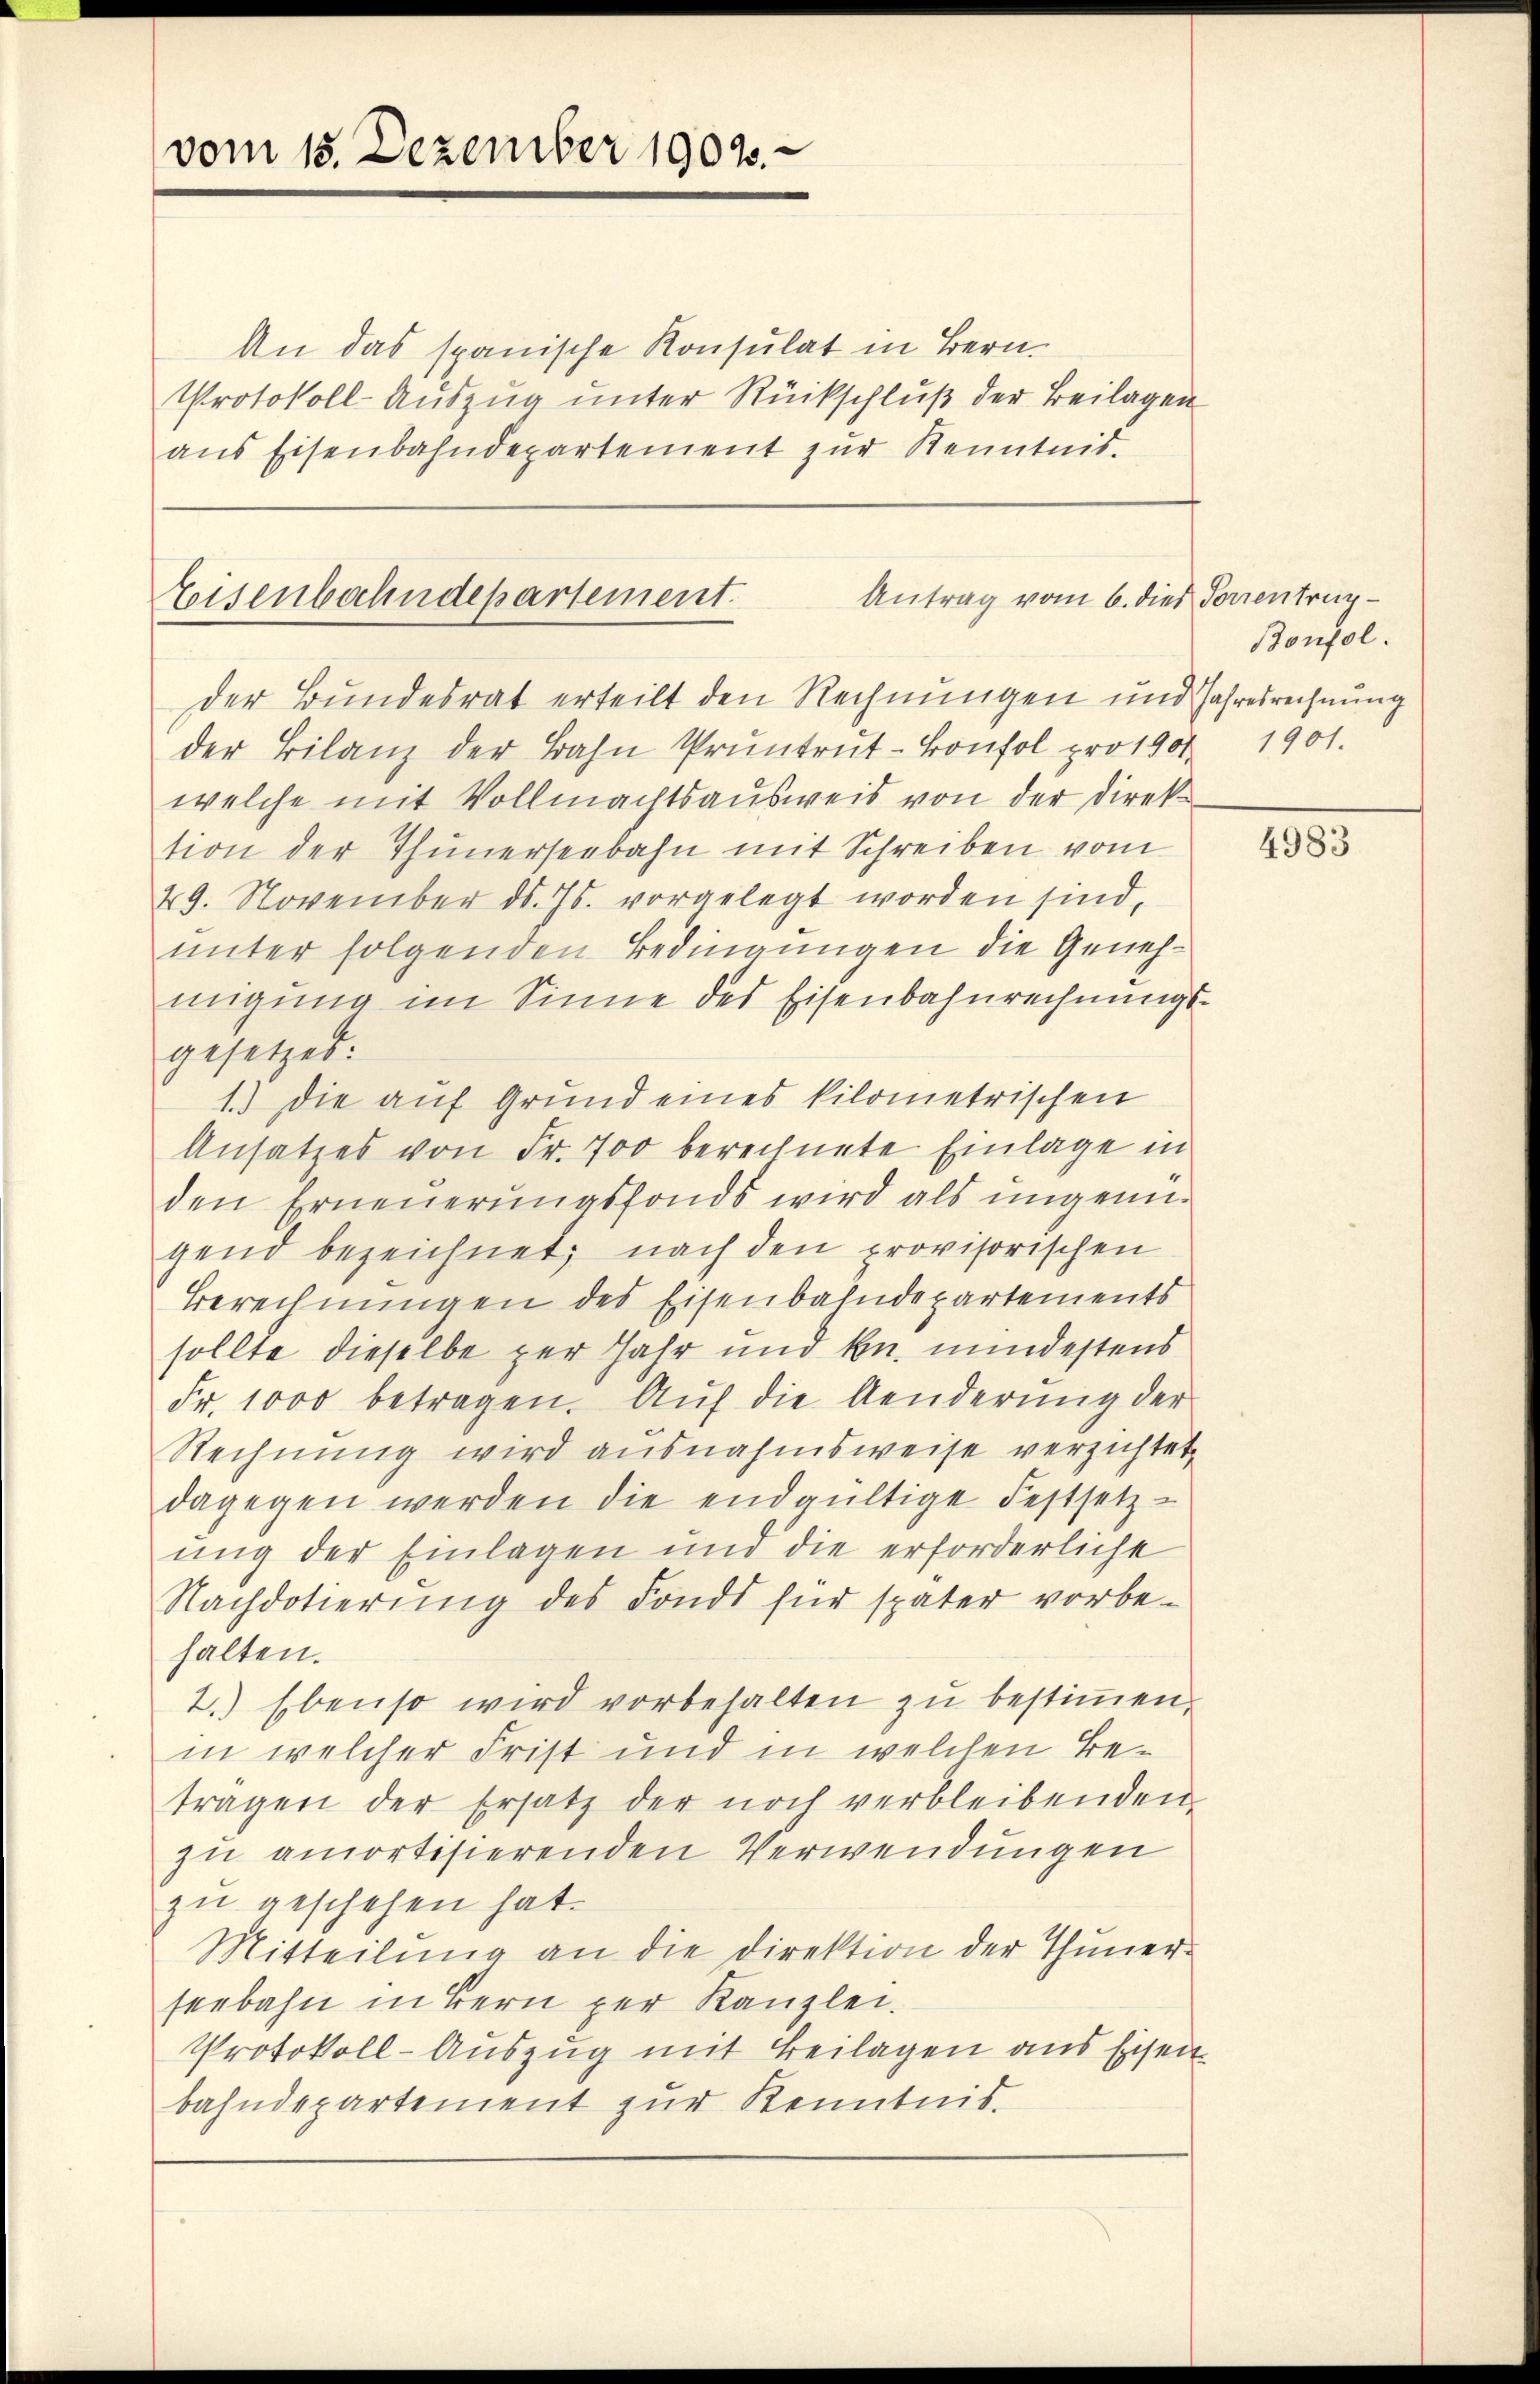
vom 15. Dezember 1902.

An das spanische Konsulat in Bern
Protokoll-Auszug unter Rückschluß der Beilagen
ans Eisenbahndepartement zur Kenntnis.

Antrag vom 6. dies Porzentrup¬
Eisenbahndepartement.
der Bundesrat erteilt den Rechnungen und Jahresrechnung

Bonfol.

der Bilanz der Bahn Pruntrŭt-Confol pro 1901. 1901.
welche mit Vollmachtsausweis von der Direktion der Thunerseebahn mit Schreiben vom
29. November d. Js. vorgelegt worden sind,
unter folgenden Bedingungen die Genehmigung im Sinne des Eisenbahnrechnungsgesetzet:
1.) Die auf Grund eines kilometrischen
Ansatzes von Fr. 700 berechnete Einlage in
den Erneŭerŭngsfonds wird als ŭngenigend bezeichnet, nach den provisorischen
Berechnungen des Eisenbahndepartements
sollte dieselbe zur Jahr und kn. mindestens
Fr. 1000 betragen. Auf die Aenderung der
Rechnung wird ausnahmsweise verzichtet,
dagegen werden die endgültige Festsetz-
ŭng der Einlagen und die erforderliche
Nachdotierung des Fonds für später vorbe-
halten.
2.) Ebenso wird vorbehalten zu bestimmen.
in welcher Frist und in welchen Betragen der Ersatz der noch verbleibenden
zu amortisierenden Verwendungen
zu geschehen hat.
Mitteilung an die Direktion der Thuner-
seebahn in Bern per Kanzlei.
Protokoll-Auszug mit Beilagen aus Eisen
bahndepartement zur Kenntnis.

4983